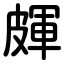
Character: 皹